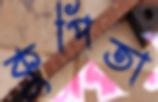
কুপিতা